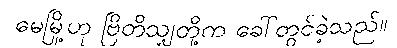
မေမြို့ဟု ဗြိတိသျှတို့က ခေါ်တွင်ခဲ့သည်။